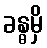
ခန္ဓမှိ